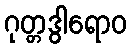
ဂုတ္တဒွါရောဝ